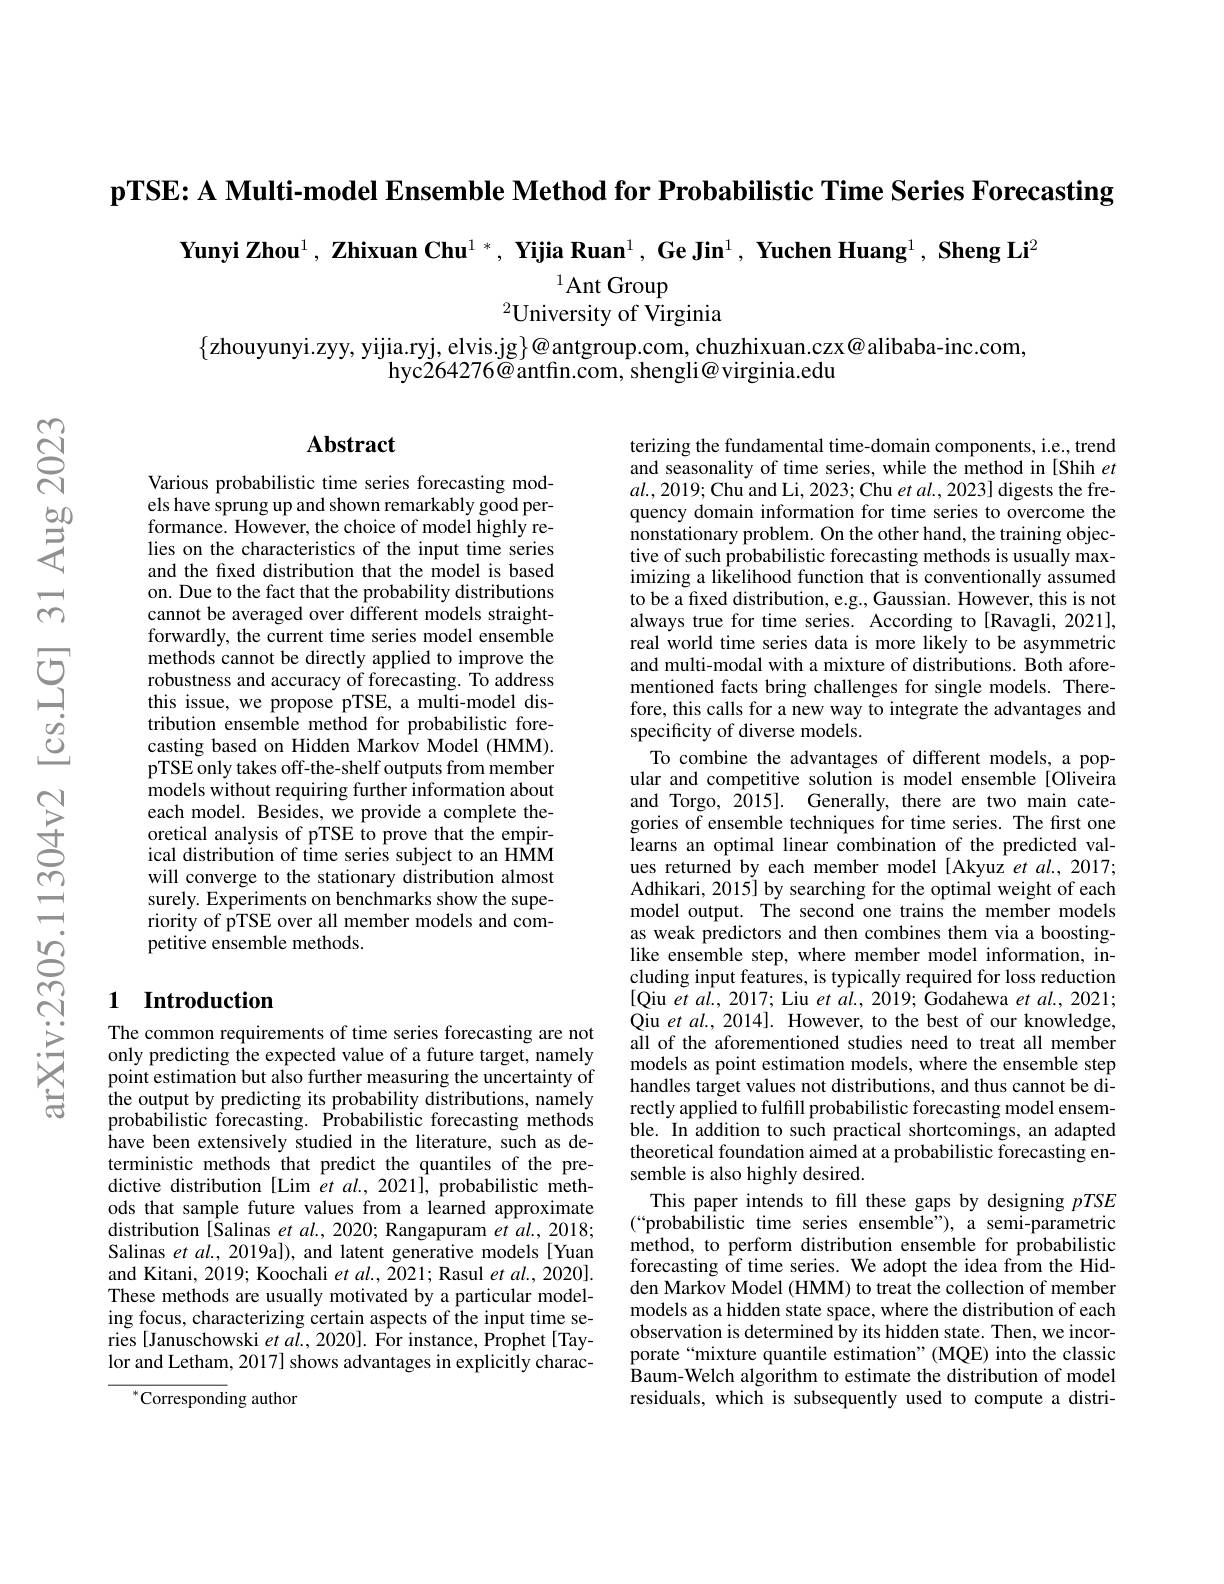
pTSE: A Multi-model Ensemble Method for Probabilistic Time Series Forecasting

Yunyi Zhou$^1,\textbf{ Zhixuan Chu}^{1*},\textbf{ Yijia Ruan}^{1},\textbf{ Ge Jin}^{1},\textbf{ Yuchen Huang}^{1},\textbf{ Sheng Li}^{2}$

$^{1}$Ant Group
$^{2}$University of $\hat\text{Virginia}$

$\{$zhouyunyi.zyy, yijia.ryj, elvis.jg$\}\textcircled{\mathrm{o}}$antgroup.com, chuzhixuan.czx@alibaba-inc.com,
hyc264276@antfin.com, shengli@ virginia.edu

## Abstract

Various probabilistic time series forecasting models have sprung up and shown remarkably good performance. However, the choice of model highly relies on the characteristics of the input time series and the fixed distribution that the model is based on. Due to the fact that the probability distributions cannot be averaged over different models straightforwardly, the current time series model ensemble methods cannot be directly applied to improve the robustness and accuracy of forecasting. To address this issue, we propose pTSE, a multi-model distribution ensemble method for probabilistic forecasting based on Hidden Markov Model (HMM). pTSE only takes off-the-shelf outputs from member models without requiring further information about each model. Besides, we provide a complete theoretical analysis of pTSE to prove that the empirical distribution of time series subject to an HMM will converge to the stationary distribution almost surely. Experiments on benchmarks show the superiority of pTSE over all member models and competitive ensemble methods.

terizing the fundamental time-domain components, i.e., trend and seasonality of time series, while the method in [Shih $et$ $al.,2019;$Chu and Li, 2023; Chu et al., 2023] digests the frequency domain information for time series to overcome the nonstationary problem. On the other hand, the training objective of such probabilistic forecasting methods is usually maximizing a likelihood function that is conventionally assumed to be a fixed distribution, e.g., Gaussian. However, this is not always true for time series. According to[Ravagli, 2021], real world time series data is more likely to be asymmetric and multi-modal with a mixture of distributions. Both aforementioned facts bring challenges for single models. Therefore, this calls for a new way to integrate the advantages and specificity of diverse models.
To combine the advantages of different models, a popular and competitive solution is model ensemble[Oliveira and Torgo, 2015]. Generally, there are two main categories of ensemble techniques for time series. The first one learns an optimal linear combination of the predicted values returned by each member model [Akyuz et al., 2017; Adhikari, 2015] by searching for the optimal weight of each model output. The second one trains the member models as weak predictors and then combines them via a boostinglike ensemble step, where member model information, including input features, is typically required for loss reduction [Qiu et al., 2017; Liu et al., 2019; Godahewa et al., 2021; Qiu et al. 2014]. However, to the best of our knowledge, all of the aforementioned studies need to treat all member models as point estimation models, where the ensemble step handles target values not distributions, and thus cannot be directly applied to fulfill probabilistic forecasting model ensemble. In addition to such practical shortcomings, an adapted theoretical foundation aimed at a probabilistic forecasting ensemble is also highly desired.
This paper intends to fill these gaps by designing pTSE (“probabilistic time series ensemble”), a semi-parametric method, to perform distribution ensemble for probabilistic forecasting $\hat{\text{of time series. We adopt the idea from the Hid-}}$ den Markov Model (HMM) to treat the collection of member models as a hidden state space, where the distribution of each observation is determined by its hidden state. Then, we incorporate“mixture quantile estimation”(MQE) into the classic Baum-Welch algorithm to estimate the distribution of model residuals, which is subsequently used to compute a distri-

### 1 Introduction

The common requirements of time series forecasting are not only predicting the expected value of a future target, namely point estimation but also further measuring the uncertainty of the output by predicting its probability distributions, namely probabilistic forecasting. Probabilistic forecasting methods have been extensively studied in the literature, such as deterministic methods that predict the quantiles of the predictive distribution [Lim et al., 2021], probabilistic methods that sample future values from a learned approximate distribution [Salinas et al., 2020; Rangapuram et al., 2018; Salinas et $al.$, 2019al), and latent generative models[Yuan and Kitani, 2019; Koochali $et\textit{al. , 2021; Rasul et al. , 2020}] .$ These methods are usually motivated by a particular modeling focus, characterizing certain aspects of the input time series [Januschowski $et\textit{al. , 2020] . For instance, Prophet[ Tay- }$ lor and Letham, 2017] shows advantages in explicitly charac-

$^{*}$Corresponding author